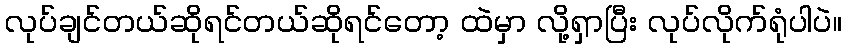
လုပ်ချင်တယ်ဆိုရင်တယ်ဆိုရင်တော့ ထဲမှာ လို့ရှာပြီး လုပ်လိုက်ရုံပါပဲ။